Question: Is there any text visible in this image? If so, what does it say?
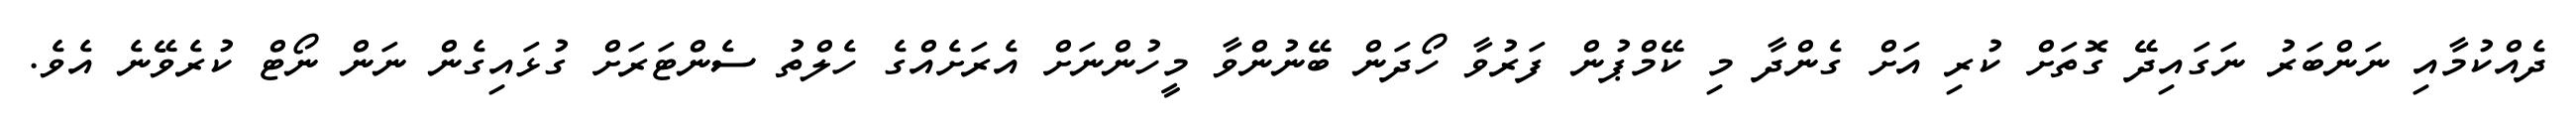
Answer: ދެއްކުމާއި ނަންބަރު ނަގައިދޭ ގޮތަށް ކުރި އަށް ގެންދާ މި ކޭމްޕުން ފަރުވާ ހޯދަން ބޭނުންވާ މީހުންނަށް އެރަށެއްގެ ހެލްތު ސެންޓަރަށް ގުޅައިގެން ނަން ނޯޓް ކުރެވޭނެ އެވެ.